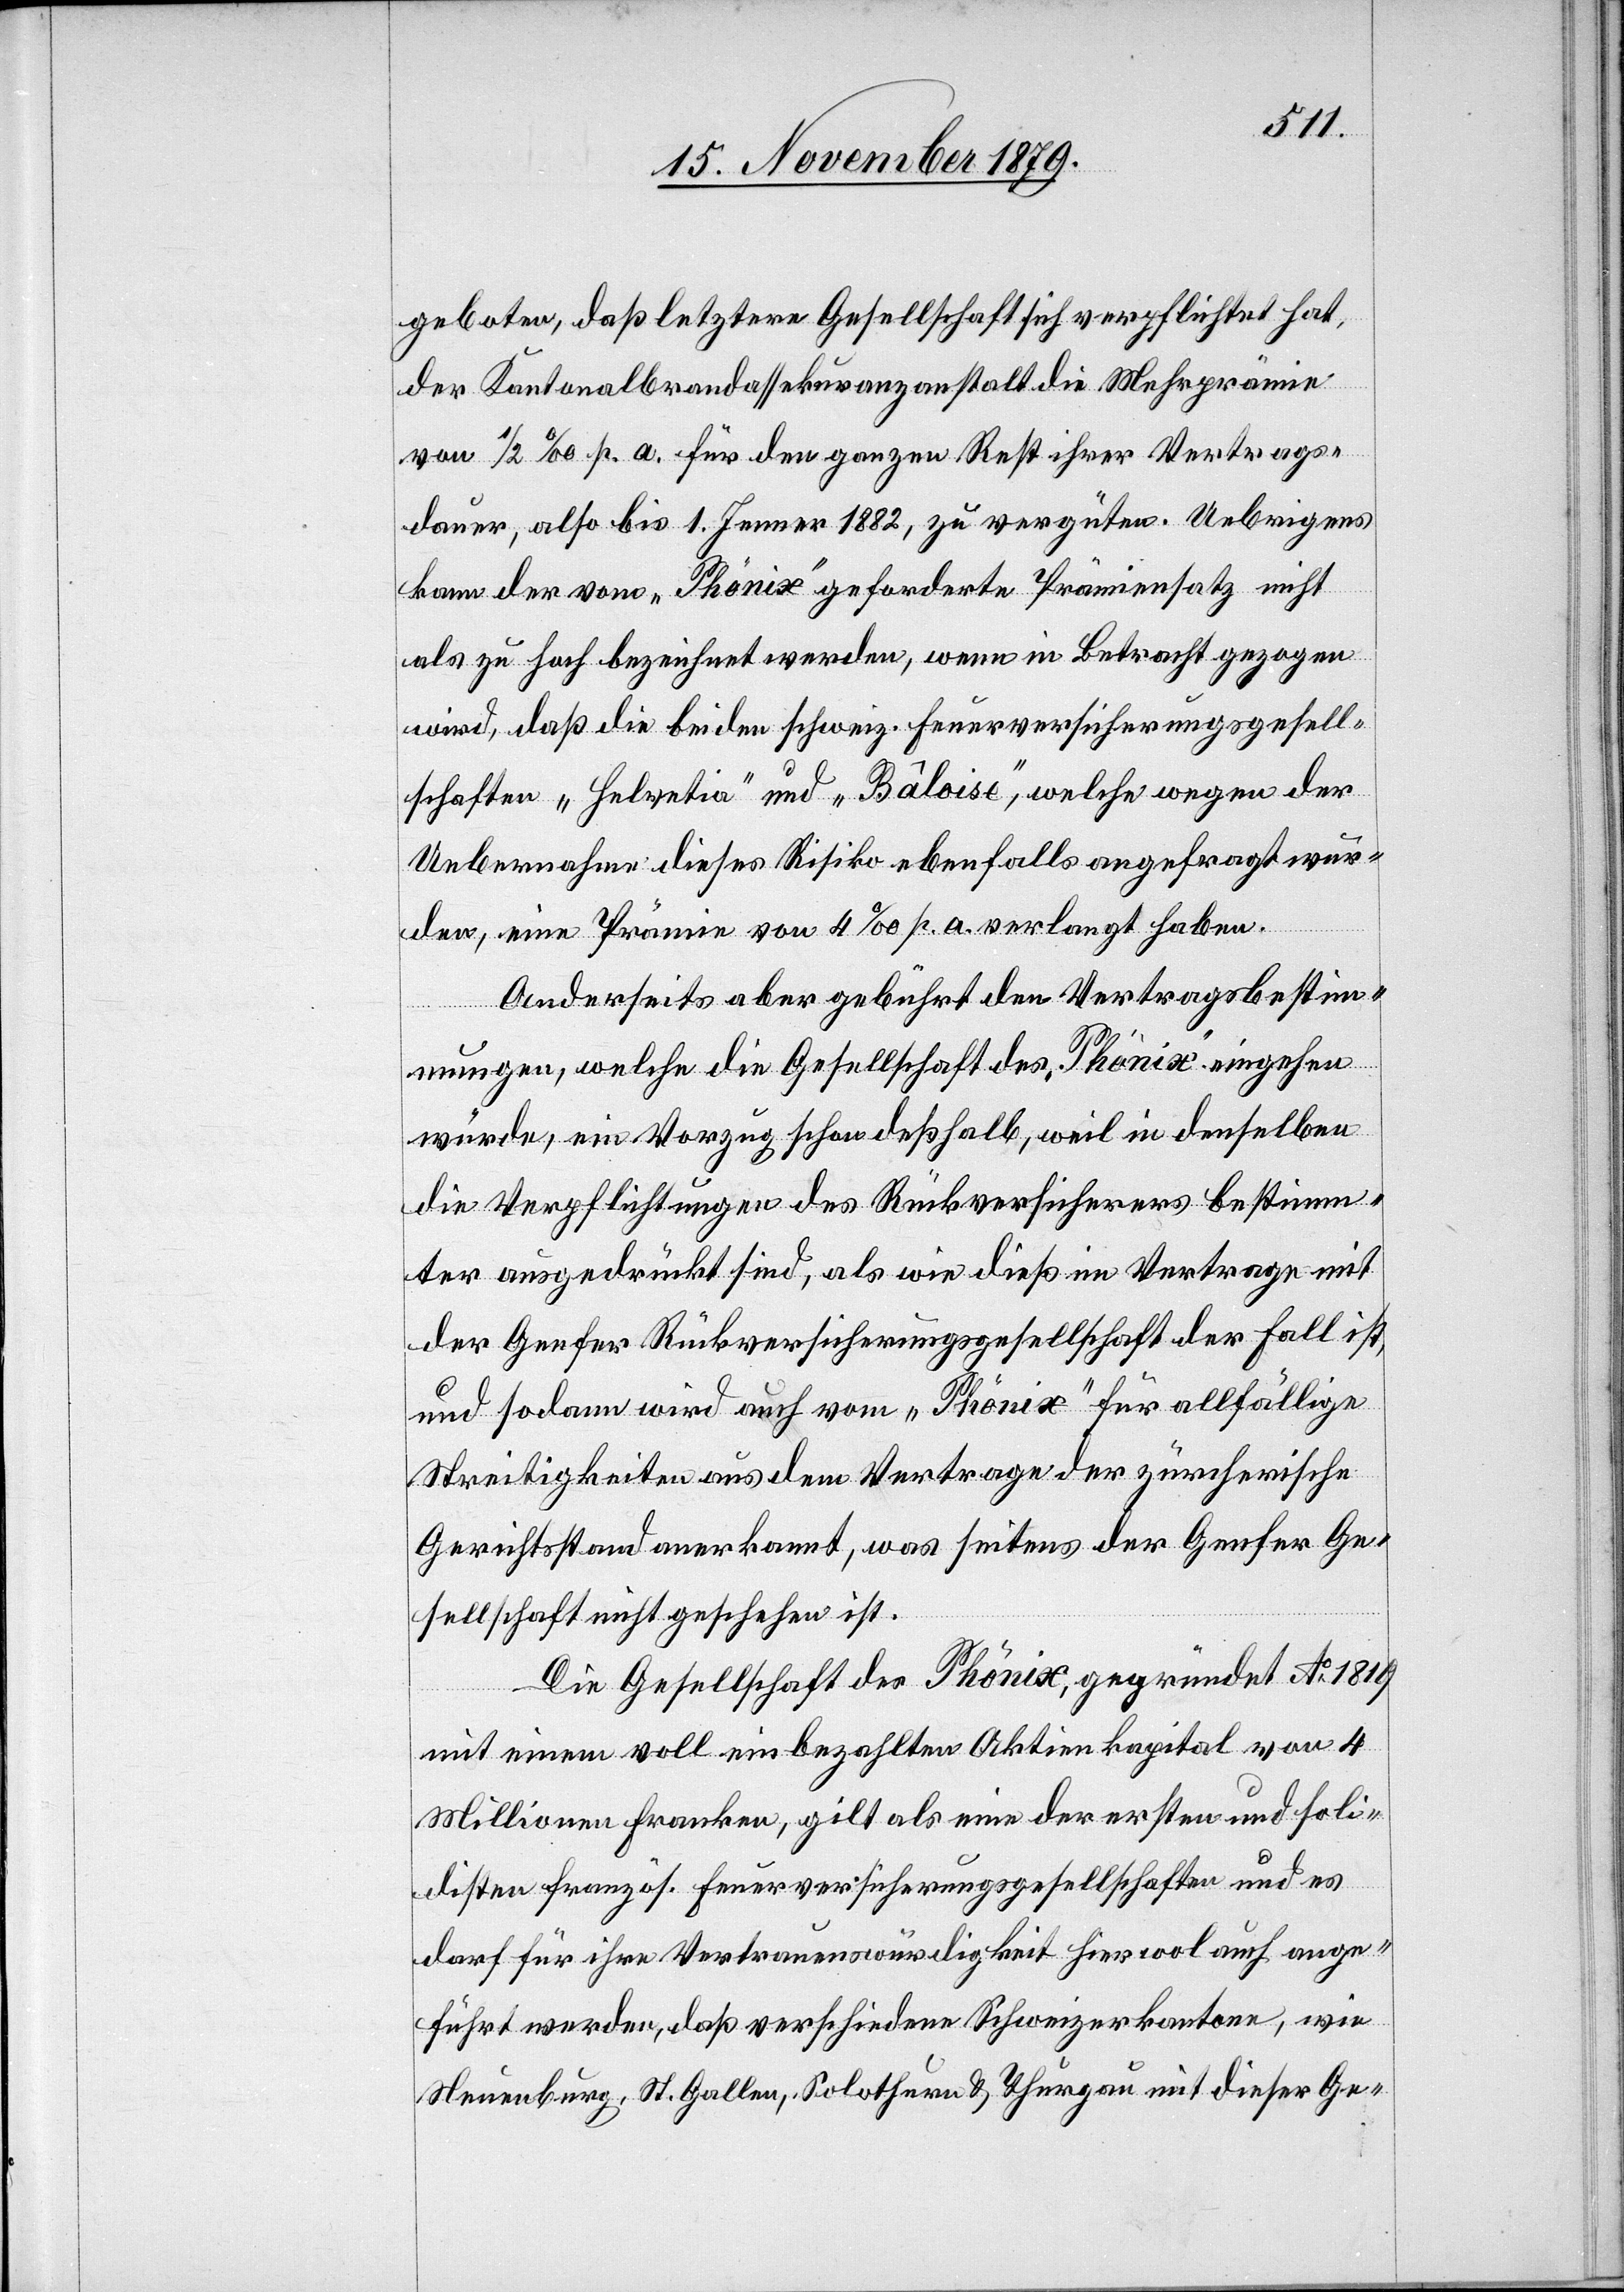
geboten, daß letztere Gesellschaft sich verpflichtet hat,
der Kantonalbrandassekuranzanstalt die Mehrprämie
von 1/2% p. a. für den ganzen Rest ihrer Vertrags¬
dauer, also bis 1. Jenner 1882, zu vergüten. Uebrigens
kann der vom „Phönix“ geforderte Prämiensatz nicht
als zu hoch bezeichnet werden, wenn in Betracht gezogen
wird, daß die beiden schweizer. Feuerversicherungsgesell¬
schaften „Helvetia“ und „Balôise“, welche wegen der
Uebernahme dieses Risiko ebenfalls angefragt wur¬
den, eine Prämie von 4% p. a. verlangt haben.
Anderseits aber gebührt den Vertragsbestim¬
mungen, welche die Gesellschaft des „Phönix“ eingehen
würde, ein Vorzug schon deßhalb, weil in denselben
die Verpflichtungen des Rückversicherers bestimm¬
ter ausgedrückt sind, als wie dieß im Vertrage mit
der Genfer Rückversicherungsgesellschaft der Fall ist,
und sodann wird auch vom „Phönix“ für allfällige
Streitigkeiten aus dem Vertrage der zürcherische
Gerichtsstand anerkannt, was seitens der Genfer Ge¬
sellschaft nicht geschehen ist.
Die Gesellschaft des Phönix, gegründet Ao 1819
mit einem voll einbezahlten Aktienkapital von 4
Millionen Franken, gilt als eine der ersten und soli¬
desten französ. Feuerversicherungsgesellschaften und es
darf für ihre Vertrauenswürdigkeit hier wol auch ange¬
führt werden, daß verschiedene Schweizerkantone, wie
Neuenburg, St. Gallen, Solothurn & Thurgau mit dieser Ge-